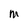
Character: M